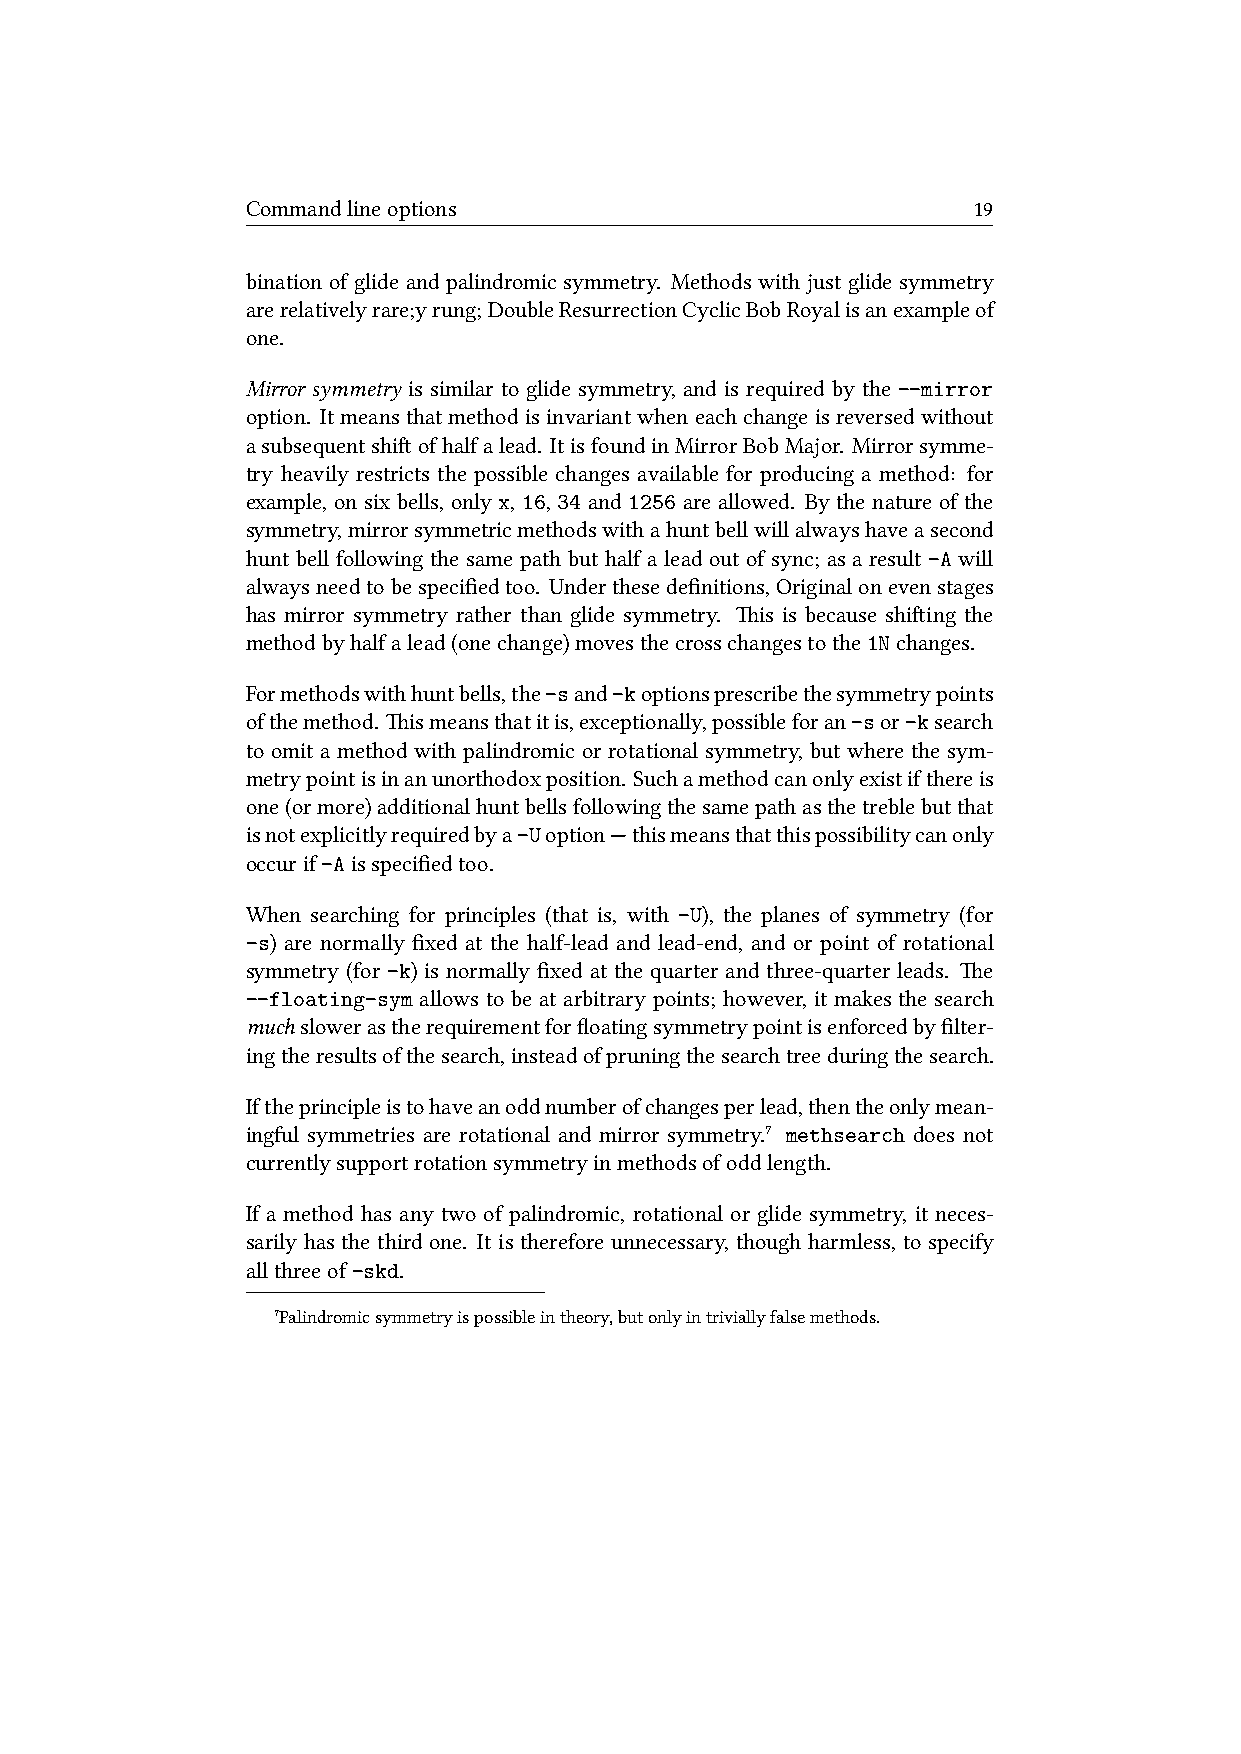
Commandlineoptions                              19
 bination of glide and palindromic symmetry. Methods with just glide symmetry
 arerelativelyrare;yrung;DoubleResurrectionCyclicBobRoyalisanexampleof
 one.
 Mirror symmetry is similar to glide symmetry, and is required by the --mirror
 option. Itmeansthatmethodisinvariantwheneachchangeisreversedwithout
 asubsequentshiofhalfalead. ItisfoundinMirrorBobMajor. Mirrorsymme-
 try heavily restricts the possible changes available for producing a method: for
 example, on six bells, only x, 16, 34 and 1256 are allowed. By the nature of the
 symmetry,mirrorsymmetricmethodswithahuntbellwillalwayshaveasecond
 hunt bell following the same path but half a lead out of sync; as a result-A will
 alwaysneedtobespecifiedtoo. Underthesedefinitions,Originalonevenstages
 has mirror symmetry rather than glide symmetry. is is because shiing the
 methodbyhalfalead(onechange)movesthecrosschangestothe1Nchanges.
 Formethodswithhuntbells,the-sand-koptionsprescribethesymmetrypoints
 ofthemethod. ismeansthatitis,exceptionally,possibleforan-sor-ksearch
 to omit a method with palindromic or rotational symmetry, but where the sym-
 metrypointisinanunorthodoxposition. Suchamethodcanonlyexistifthereis
 one(ormore)additionalhuntbellsfollowingthesamepathasthetreblebutthat
 isnotexplicitlyrequiredbya-Uoption—thismeansthatthispossibilitycanonly
 occurif-Aisspecifiedtoo.
 When searching for principles (that is, with -U), the planes of symmetry (for
 -s) are normally fixed at the half-lead and lead-end, and or point of rotational
 symmetry (for -k) is normally fixed at the quarter and three-quarter leads. e
 --floating-sym allows to be at arbitrary points; however, it makes the search
 muslowerastherequirementforfloatingsymmetrypointisenforcedbyfilter-
 ingtheresultsofthesearch,insteadofpruningthesearchtreeduringthesearch.
 Iftheprincipleistohaveanoddnumberofchangesperlead,thentheonlymean-
 ingful symmetries are rotational and mirror symmetry.⁷ methsearch does not
 currentlysupportrotationsymmetryinmethodsofoddlength.
 If a method has any two of palindromic, rotational or glide symmetry, it neces-
 sarily has the third one. It is therefore unnecessary, though harmless, to specify
 allthreeof-skd.
 ⁷Palindromicsymmetryispossibleintheory,butonlyintriviallyfalsemethods.